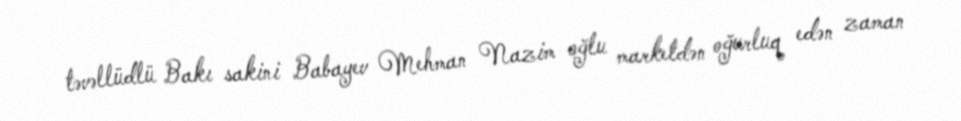
təvəllüdlü Bakı sakini Babayev Mehman Nazim oğlu marketdən oğurluq edən zaman